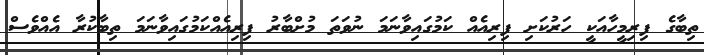
ތިބާގެ ފިރިމީހާއަކީ ހަރުކަށި ފިރިއެއް ކަމުގައިވާނަމަ ނުވަތަ މުށްބާރު ފިރިއެއްކަމުގައިވާނަމަ ތިބާކުރާ އެއްވެސް